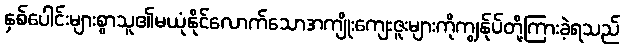
နှစ်ပေါင်းများစွာသူ၏မယုံနိုင်လောက်သောအကျိုးကျေးဇူးများကိုကျွန်ုပ်တို့ကြားခဲ့ရသည်